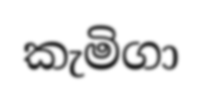
කැමිගා